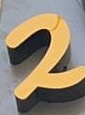
2